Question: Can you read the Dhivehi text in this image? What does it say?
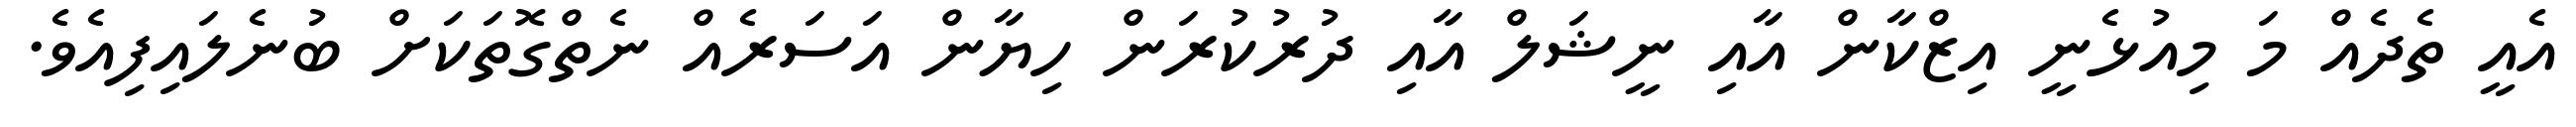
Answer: އެއީ ތެދެއް މަ މިއުޅެނީ އިޒްކާން އާއި ނީޝަލް އާއި ދުރުކުރަން ހިޔާން އަސަރެއް ނެތްގޮތަކަށް ބުނެލައިފިއެވެ.